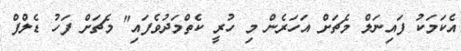
އެކަމަކު ފައިނަލް މެޗަށް އަހަރެން މި ހުރީ ކެތްމަދުވެފައި" މެޗަށް ފަހު ޑެލްފް